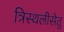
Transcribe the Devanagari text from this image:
त्रिस्थलीसेतु